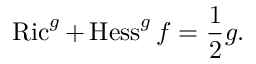
\operatorname { R i c } ^ { g } + \operatorname { H e s s } ^ { g } f = { \frac { 1 } { 2 } } g .